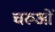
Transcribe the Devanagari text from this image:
चरुओं